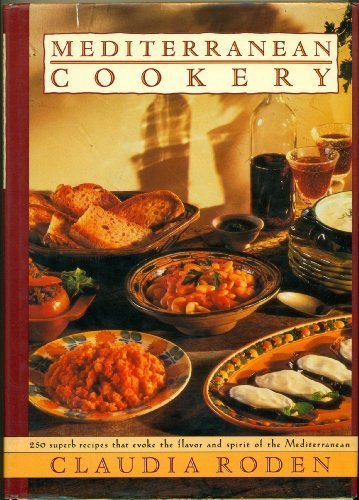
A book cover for MEDITERRANEAN COOKERY; Claudia Roden; Cookbooks, Food & Wine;